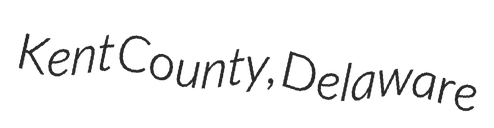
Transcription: Kent County, Delaware